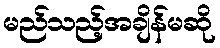
မည်သည့်အချိန်မဆို